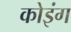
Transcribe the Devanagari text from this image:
कोइंग